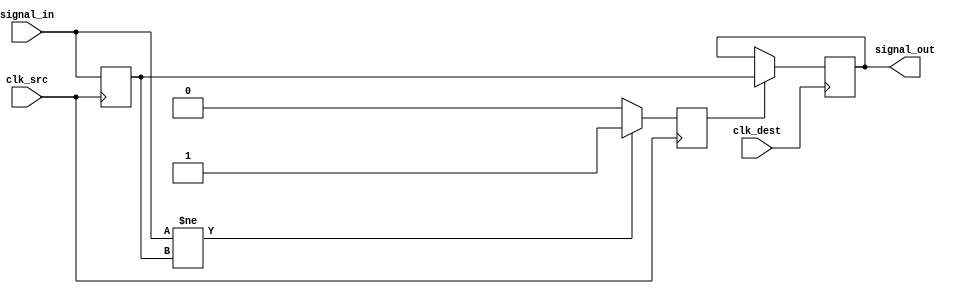
module pulsed_synchronizer #(
    parameter WIDTH = 1 // Width of the input signal
)(
    input wire [WIDTH-1:0] signal_in,   // Input signal from the source clock domain
    input wire clk_src,                  // Source clock
    input wire clk_dest,                 // Destination clock
    output reg [WIDTH-1:0] signal_out    // Synchronized output signal
);

    reg [WIDTH-1:0] sync_ff1;            // First flip-flop for synchronization
    reg [WIDTH-1:0] sync_ff2;            // Second flip-flop for synchronization
    reg pulse;                            // Pulse signal for indicating change

    // Pulse generator
    always @(posedge clk_src) begin
        if (signal_in != sync_ff1) begin
            pulse <= 1'b1;               // Generate pulse on change
        end else begin
            pulse <= 1'b0;               // Reset pulse
        end
        sync_ff1 <= signal_in;           // Sample input signal
    end

    // Synchronization in destination clock domain
    always @(posedge clk_dest) begin
        sync_ff2 <= sync_ff1;             // Double-registering
        if (pulse) begin
            signal_out <= sync_ff1;       // Capture the synchronized signal
        end
    end

endmodule